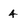
Character: 4